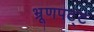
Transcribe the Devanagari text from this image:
भ्रूणपट्ट